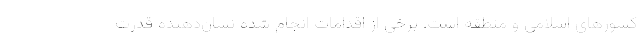
کشورهای اسلامی و منطقه است. برخی از اقدامات انجام شده نشان‌دهنده قدرت